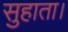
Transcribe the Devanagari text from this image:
सुहाता।